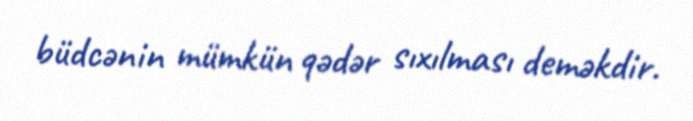
büdcənin mümkün qədər sıxılması deməkdir.